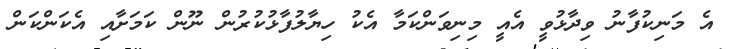
އެ މަނިކުފާނު ވިދާޅުވީ އެއީ މިނިވަންކަމާ އެކު ހިޔާލުފާޅުކުރުން ނޫން ކަމަށާއި އެކަންކަން